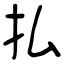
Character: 払